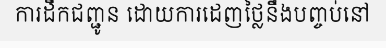
ការដឹកជញ្ជូន ដោយការដេញថ្លៃនឹងបញ្ចប់នៅ